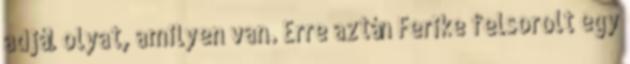
adjál olyat, amilyen van. Erre aztán Ferike felsorolt egy